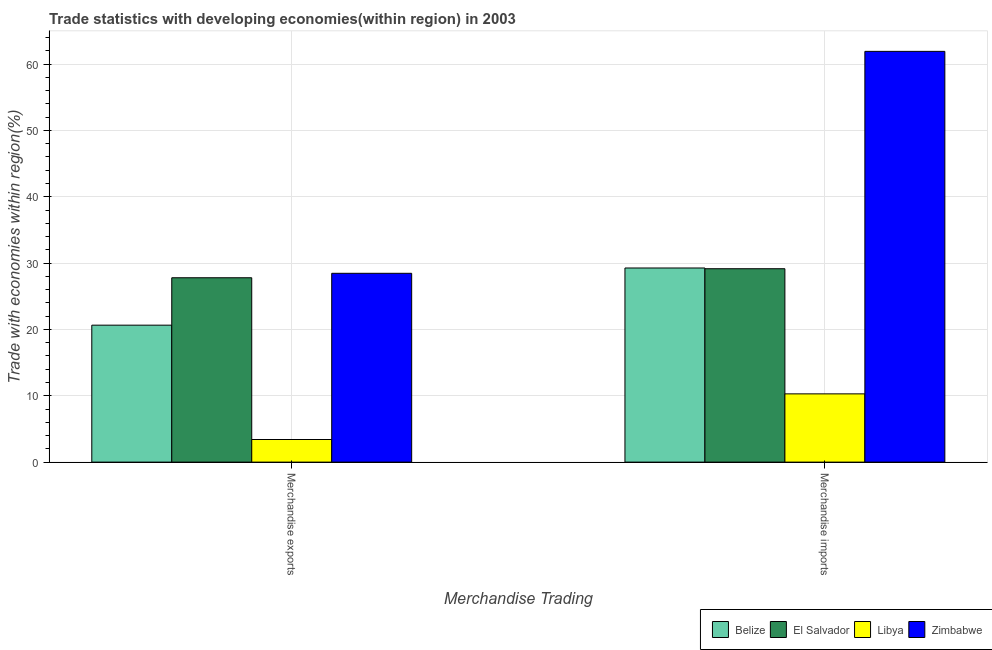
| Merchandise Trading | Belize | El Salvador | Libya | Zimbabwe |
 | --- | --- | --- | --- | --- |
 | Merchandise exports | 20.6 | 27.8 | 3.41 | 28.5 |
 | Merchandise imports | 29.3 | 29.2 | 10.3 | 61.9 |